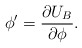
\begin{align*}\phi'=\frac{\partial U_B}{\partial \phi}.\end{align*}